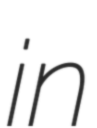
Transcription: in